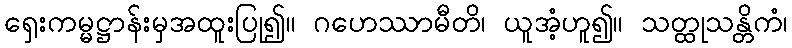
ရှေးကမ္မဋ္ဌာန်းမှအထူးပြု၍။ ဂဟေဿာမီတိ၊ ယူအံ့ဟူ၍။ သတ္ထုသန္တိကံ၊